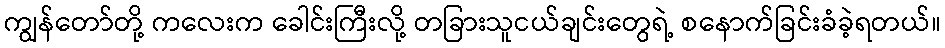
ကျွန်တော်တို့ ကလေးက ခေါင်းကြီးလို့ တခြားသူငယ်ချင်းတွေရဲ့ စနောက်ခြင်းခံခဲ့ရတယ်။